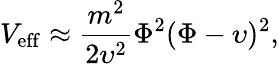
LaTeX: V_{\mathrm{eff}}\approx\frac{m^{2}}{2\upsilon^{2}}\Phi^{2}(\Phi-\upsilon)^{2},